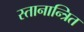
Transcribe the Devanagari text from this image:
स्तानान्त्रित